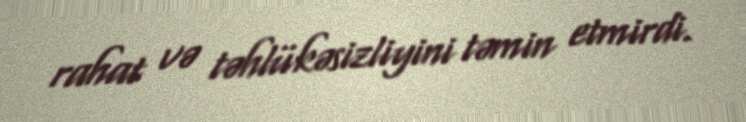
rahat və təhlükəsizliyini təmin etmirdi.